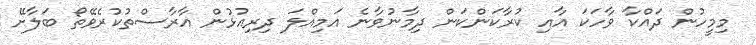
މިމީހުން ދައްކާ ވާހަކަ އާއި ކުރާކަންކަން ދިމާނުވާނެ އަމިއްލަ ދިރިއުޅުން އާރާސްތުކުރެވޭތޯ ބަލާށޭ